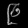
Digit: ၉